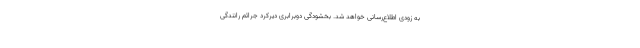
به زودی اطلاع‌رسانی خواهد شد. بخشودگی دوبرابری دیرکرد جرائم رانندگی